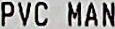
PVC MAN